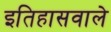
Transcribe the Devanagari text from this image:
इतिहासवाले